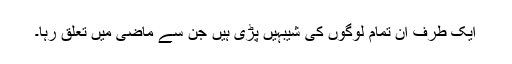
ایک طرف ان تمام لوگوں کی شیبہیں پڑی ہیں جن سے ماضی میں تعلق رہا۔